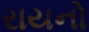
રાયનો